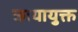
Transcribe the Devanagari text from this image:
छायायुक्त